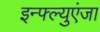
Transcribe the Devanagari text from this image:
इन्फ्ल्युएंजा